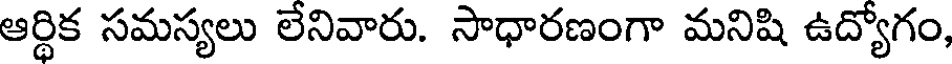
ఆర్థిక సమస్యలు లేనివారు. సాధారణంగా మనిషి ఉద్యోగం,